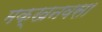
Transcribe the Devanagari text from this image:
मक्खनवसा